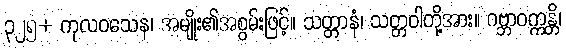
၃၂၅+ ကုလဝသေန၊ အမျိုး၏အစွမ်းဖြင့်။ သတ္တာနံ၊ သတ္တဝါတို့အား။ ဂဗ္ဘာဝက္ကန္တိ၊